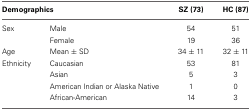
<table><thead><tr><td colspan="2"><b>Demographics</b></td><td><b>SZ (73)</b></td><td><b>HC (87)</b></td></tr></thead><tbody><tr><td>Sex</td><td>Male</td><td>54</td><td>51</td></tr><tr><td></td><td>Female</td><td>19</td><td>36</td></tr><tr><td>Age</td><td>Mean ± SD</td><td>34 ± 11</td><td>32 ± 11</td></tr><tr><td>Ethnicity</td><td>Caucasian</td><td>53</td><td>81</td></tr><tr><td></td><td>Asian</td><td>5</td><td>3</td></tr><tr><td></td><td>American Indian or Alaska Native</td><td>1</td><td>0</td></tr><tr><td></td><td>African-American</td><td>14</td><td>3</td></tr></tbody></table>